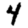
Digit: 4